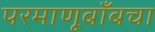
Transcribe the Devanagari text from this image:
परमाणूबाँबचा